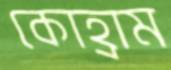
কোহ্রাম